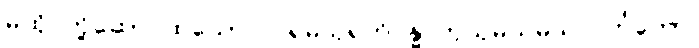
မထိုင်တို့ဆောင်ထသော။ ပရမသုရဘိဝန္ဓာတုသုမသမသလင်္ကတော၊